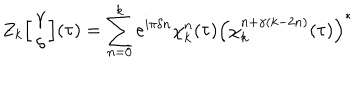
Z _ { k } \Big [ \begin{array} { c } { { \gamma } } \\ { { \delta } } \\ \end{array} \Big ] ( \tau ) = \sum _ { n = 0 } ^ { k } e ^ { i \pi \delta n } \chi _ { k } ^ { n } ( \tau ) \left( \chi _ { k } ^ { n + \gamma ( k - 2 n ) } ( \tau ) \right) ^ { * }